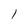
Character: l